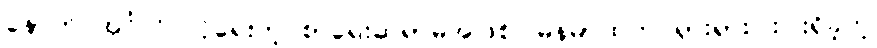
နောက် အင်္ဂလိပ်လိုရေးတဲ့ စာရေးဆရာမအဖြစ် မြန်မာထဲက ရှားရှားပါးပါးရှိခဲ့တဲ့